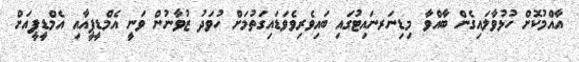
އާއްމުކޮށް ހުޅުވާލައިގެން ބާއްވާ މިޑިނަރނައިޓުގައި ބައިވެރިވެވަޑައިގަތުމަށް ހުވަދު ޒުވާނުން ވަނީ އެމްޑީޕީއާއި އެމްޑީޕީއަށް